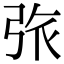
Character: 㢳